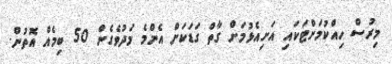
މިރުސް ހިއްކުމަށްޓަކައި އަށިއެޅުމަށް ގާތް ގަޑަކަށް އެންމެ މަދުވެގެން 50 ބިމެއް އޮތުން.